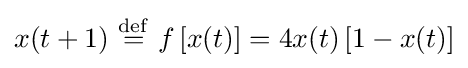
x(t+1)\ {\stackrel {\mathrm {def} }{=}}\ f\left[x(t)\right]=4x(t)\left[1-x(t)\right]